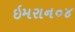
ઇમરાન૦૪